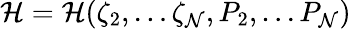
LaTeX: {\cal H}={\cal H}(\zeta_{2},\dots\zeta_{\cal N},P_{2},\dots P_{\cal N})